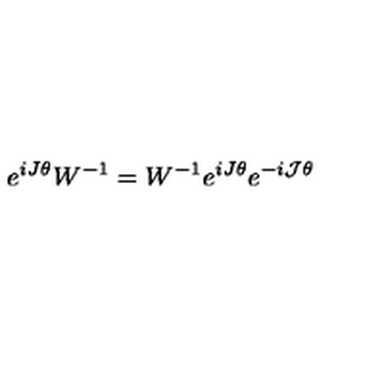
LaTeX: e ^ { i J \theta } W ^ { - 1 } = W ^ { - 1 } e ^ { i J \theta } e ^ { - i { \cal J } \theta }